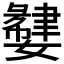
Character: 𫲌